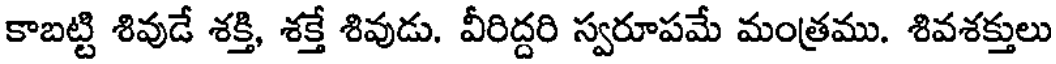
కాబట్టి శివుడే శక్తి, శక్తే శివుడు. వీరిద్దరి స్వరూపమే మంత్రము. శివశక్తులు